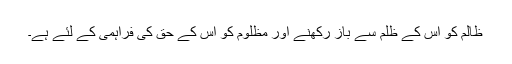
ظالم کو اس کے ظلم سے باز رکھنے اور مظلوم کو اس کے حق کی فراہمی کے لئے ہے۔